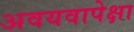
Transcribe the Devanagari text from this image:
अवयवापेक्षा